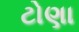
ટોણા